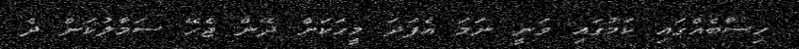
ހިސާބެއްގައި ކަމުގައި ވަނީ ނަމަ އެފަދަ މީހަކަށް ދޭން ޖެހޭ ސަމާލުކަން ދެ